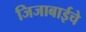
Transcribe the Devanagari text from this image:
जिजाबाईचे